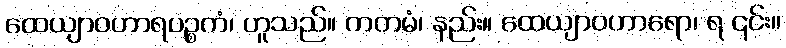
ထေယျာဝဟာရပဉ္စကံ၊ ဟူသည်။ ကတမံ၊ နည်း။ ထေယျာဝဟာရော၊ ရ ၎င်း။